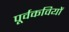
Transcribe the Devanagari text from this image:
पूर्वकवियों